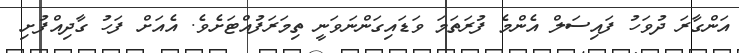
އަންގާރަ ދުވަހު ފައިސަލް އެންމެ ފުރަތަމަ ވަޑައިގަންނަވަނީ ތިމަރަފުއްޓަށެވެ. އެއަށް ފަހު ގާދިއްފުށި